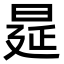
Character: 𭦋